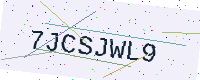
Text: 7JCSJWL9